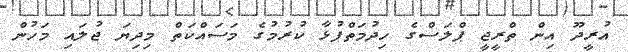
އުރީދޫ އިން ތްރީޖީ ޕްލަސްގެ ހިދުމަތްފުޅާ ކުރުމުގެ މަސައްކަތް މިދިޔަ ޖުލައި މަހުން